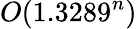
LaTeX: O(1.3289^{n})